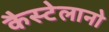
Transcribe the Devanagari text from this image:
कैस्टेलानो